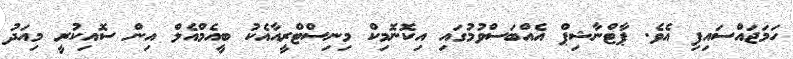
ހަމަޖައްސައިފި އެވެ. ޕާޓްނާޝިޕް އެއްބަސްވުމުގައި އިކޮނޮމިކް މިނިސްޓްރީއާއެކު ބީއެމްއެލް އިން ސޮއިކުރީ މިއަދު